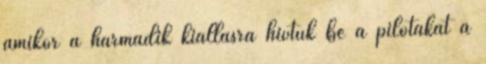
amikor a harmadik kiállásra hívtuk be a pilótákat a